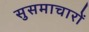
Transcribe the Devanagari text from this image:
सुसमाचारों